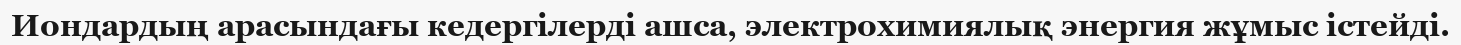
Иондардың арасындағы кедергілерді ашса, электрохимиялық энергия жұмыс істейді.